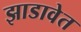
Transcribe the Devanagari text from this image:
झाडावेत